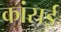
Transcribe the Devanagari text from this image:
कांसई